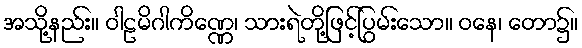
အသို့နည်း။ ဝါဠမိဂါကိဏ္ဏေ၊ သားရဲတို့ဖြင့်ပြွမ်းသော။ ဝနေ၊ တော၌။